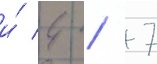
и́ 4 / 7